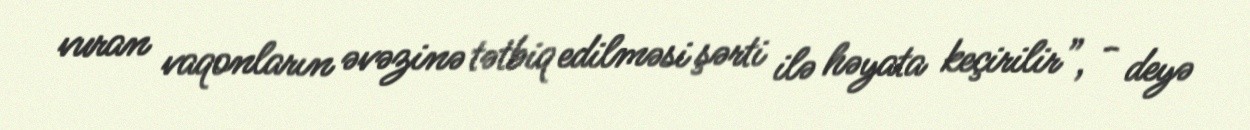
vuran vaqonların əvəzinə tətbiq edilməsi şərti ilə həyata keçirilir”, - deyə